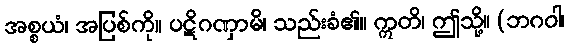
အစ္စယံ၊ အပြစ်ကို။ ပဋိဂဏှာမိ၊ သည်းခံ၏။ ဣတိ၊ ဤသို့။ (ဘဂဝါ၊